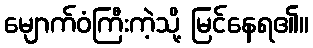
မျောက်ဝံကြီးကဲ့သို့ မြင်နေရ၏။